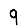
Digit: 9